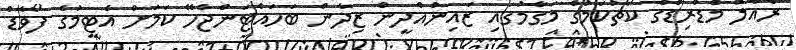
ރެއާލް މެޑްރިޑްގެ ކޯޗުކަމުގެ މަގާމުގައި ޒައިނުއްދީން ޒިދާން ބަހައްޓަންޖެހޭ ކަމަށް އެޓީމުގެ ފޯވާޑް